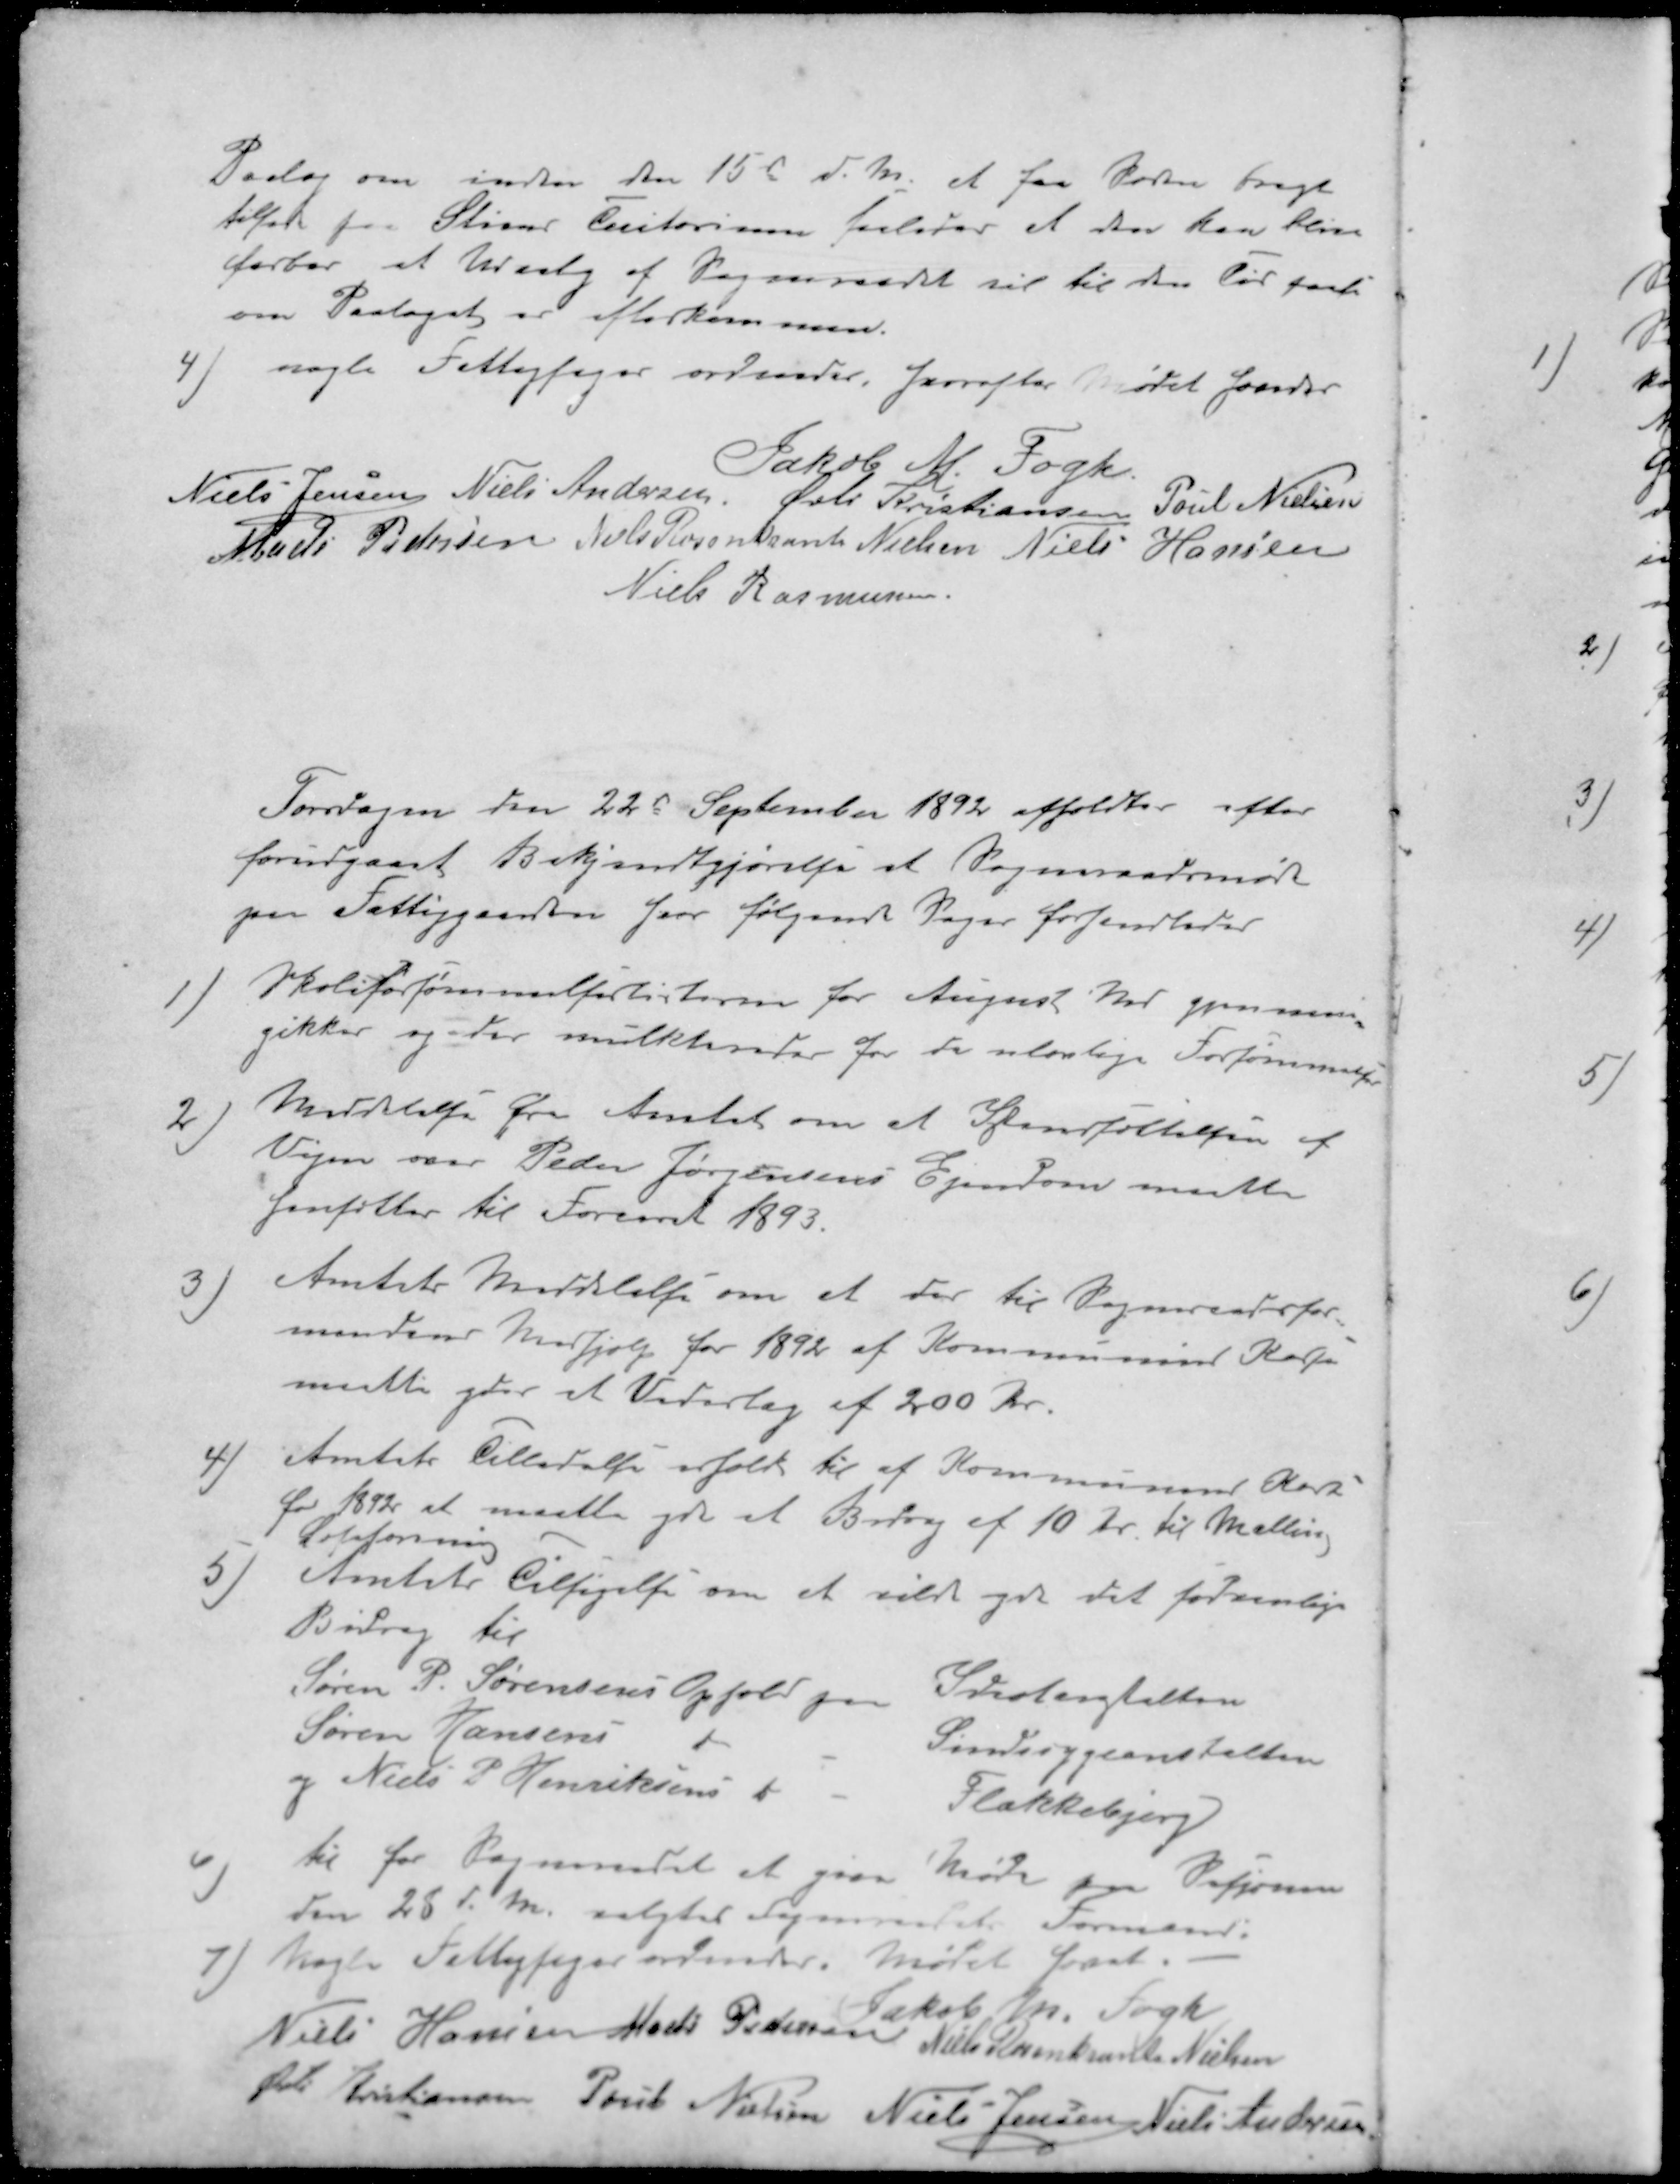
Transskription:
Paalæg om inden den 15de d. M. at faa Marken bragt
tilbage fra Stiens Teritorium saaledes et den kan blive
farbar et Udvalg af Sogneraadet vil til den Tid paase
om Paalæget er efterkommen.
4) nogle Fattigsager ordnedes, hvorefter Mødet hæves
Jakob M. Fogh.
Niels Jensen
Niels Andersen
Øvli Kristiansen
Poul Nielsen
Mads Pedersen
Niels Rosenkrands Nielsen
Niels Hansen
Niels Rasmussen.
Torsdagen den 22d September 1892 afholdtes efter
forudgaaet Bekjendtgjørelse et Sogneraadsmøde
paa Fattiggaarden hvor følgende Sager forhandledes
1 ) Skoleforsømmelserlisterne for August Md gjennem-
gikkes og der mulkteredes for de ulovlige Forsømmelser
2 ) Meddelelse fra Amtet om at Istandsættelsen af
Vejen over Peder Jørgensens Ejendom maatte
igangsættes til Foraaret 1893.
3 ) Amtets Meddelelse om at der til Sogneraadsfor-
mandens Medhjælp for 1892 af Kommunens Kasse
maatte ydes et Vederlag af 200 Kr.
4 ) Amtets Tilladelse erhold til af Kommunens Kasse
for 1892 at maatte yde et Bidrag af 10 Kr. til Malling
Læseforening
5 ) Amtets Tilsigelse om at vilde yde det sædvanlige
Bidrag til
Søren P. Sørensens Ophold paa Idiotanstalten
Søren Hansens d Sindssygeanstalten
og Niels P Henriksens d - Flakkebjerg
6 ) til for Sogneraadet at give Møde paa Sesjonen
den 28 d. M. valgtes Sogneraadets Formand.
7 ) Nogle Fattigsager ordnedes. Mødet hævet.
Jakob M. Sogn
Niels Hansen
Mads Pedersen
Niels Rosenkrands Nielsen
Øvli Kristiansen
Poul Nielsen
Niels Jensen
Niels Andersen